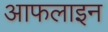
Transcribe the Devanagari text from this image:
आफलाइन